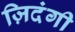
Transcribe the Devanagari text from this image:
ज़िदंगी